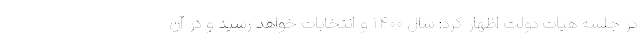
در جلسه هیات دولت اظهار کرد: سال ۱۴۰۰ و انتخابات خواهد رسید و در آن